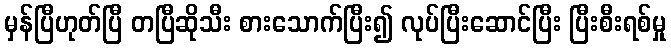
မှန်ပြီဟုတ်ပြီ တပြီဆိုသီး စားသောက်ပြီး၍ လုပ်ပြီးဆောင်ပြီး ပြီးစီးရစ်မှု